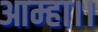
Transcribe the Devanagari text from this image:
आम्हा।।